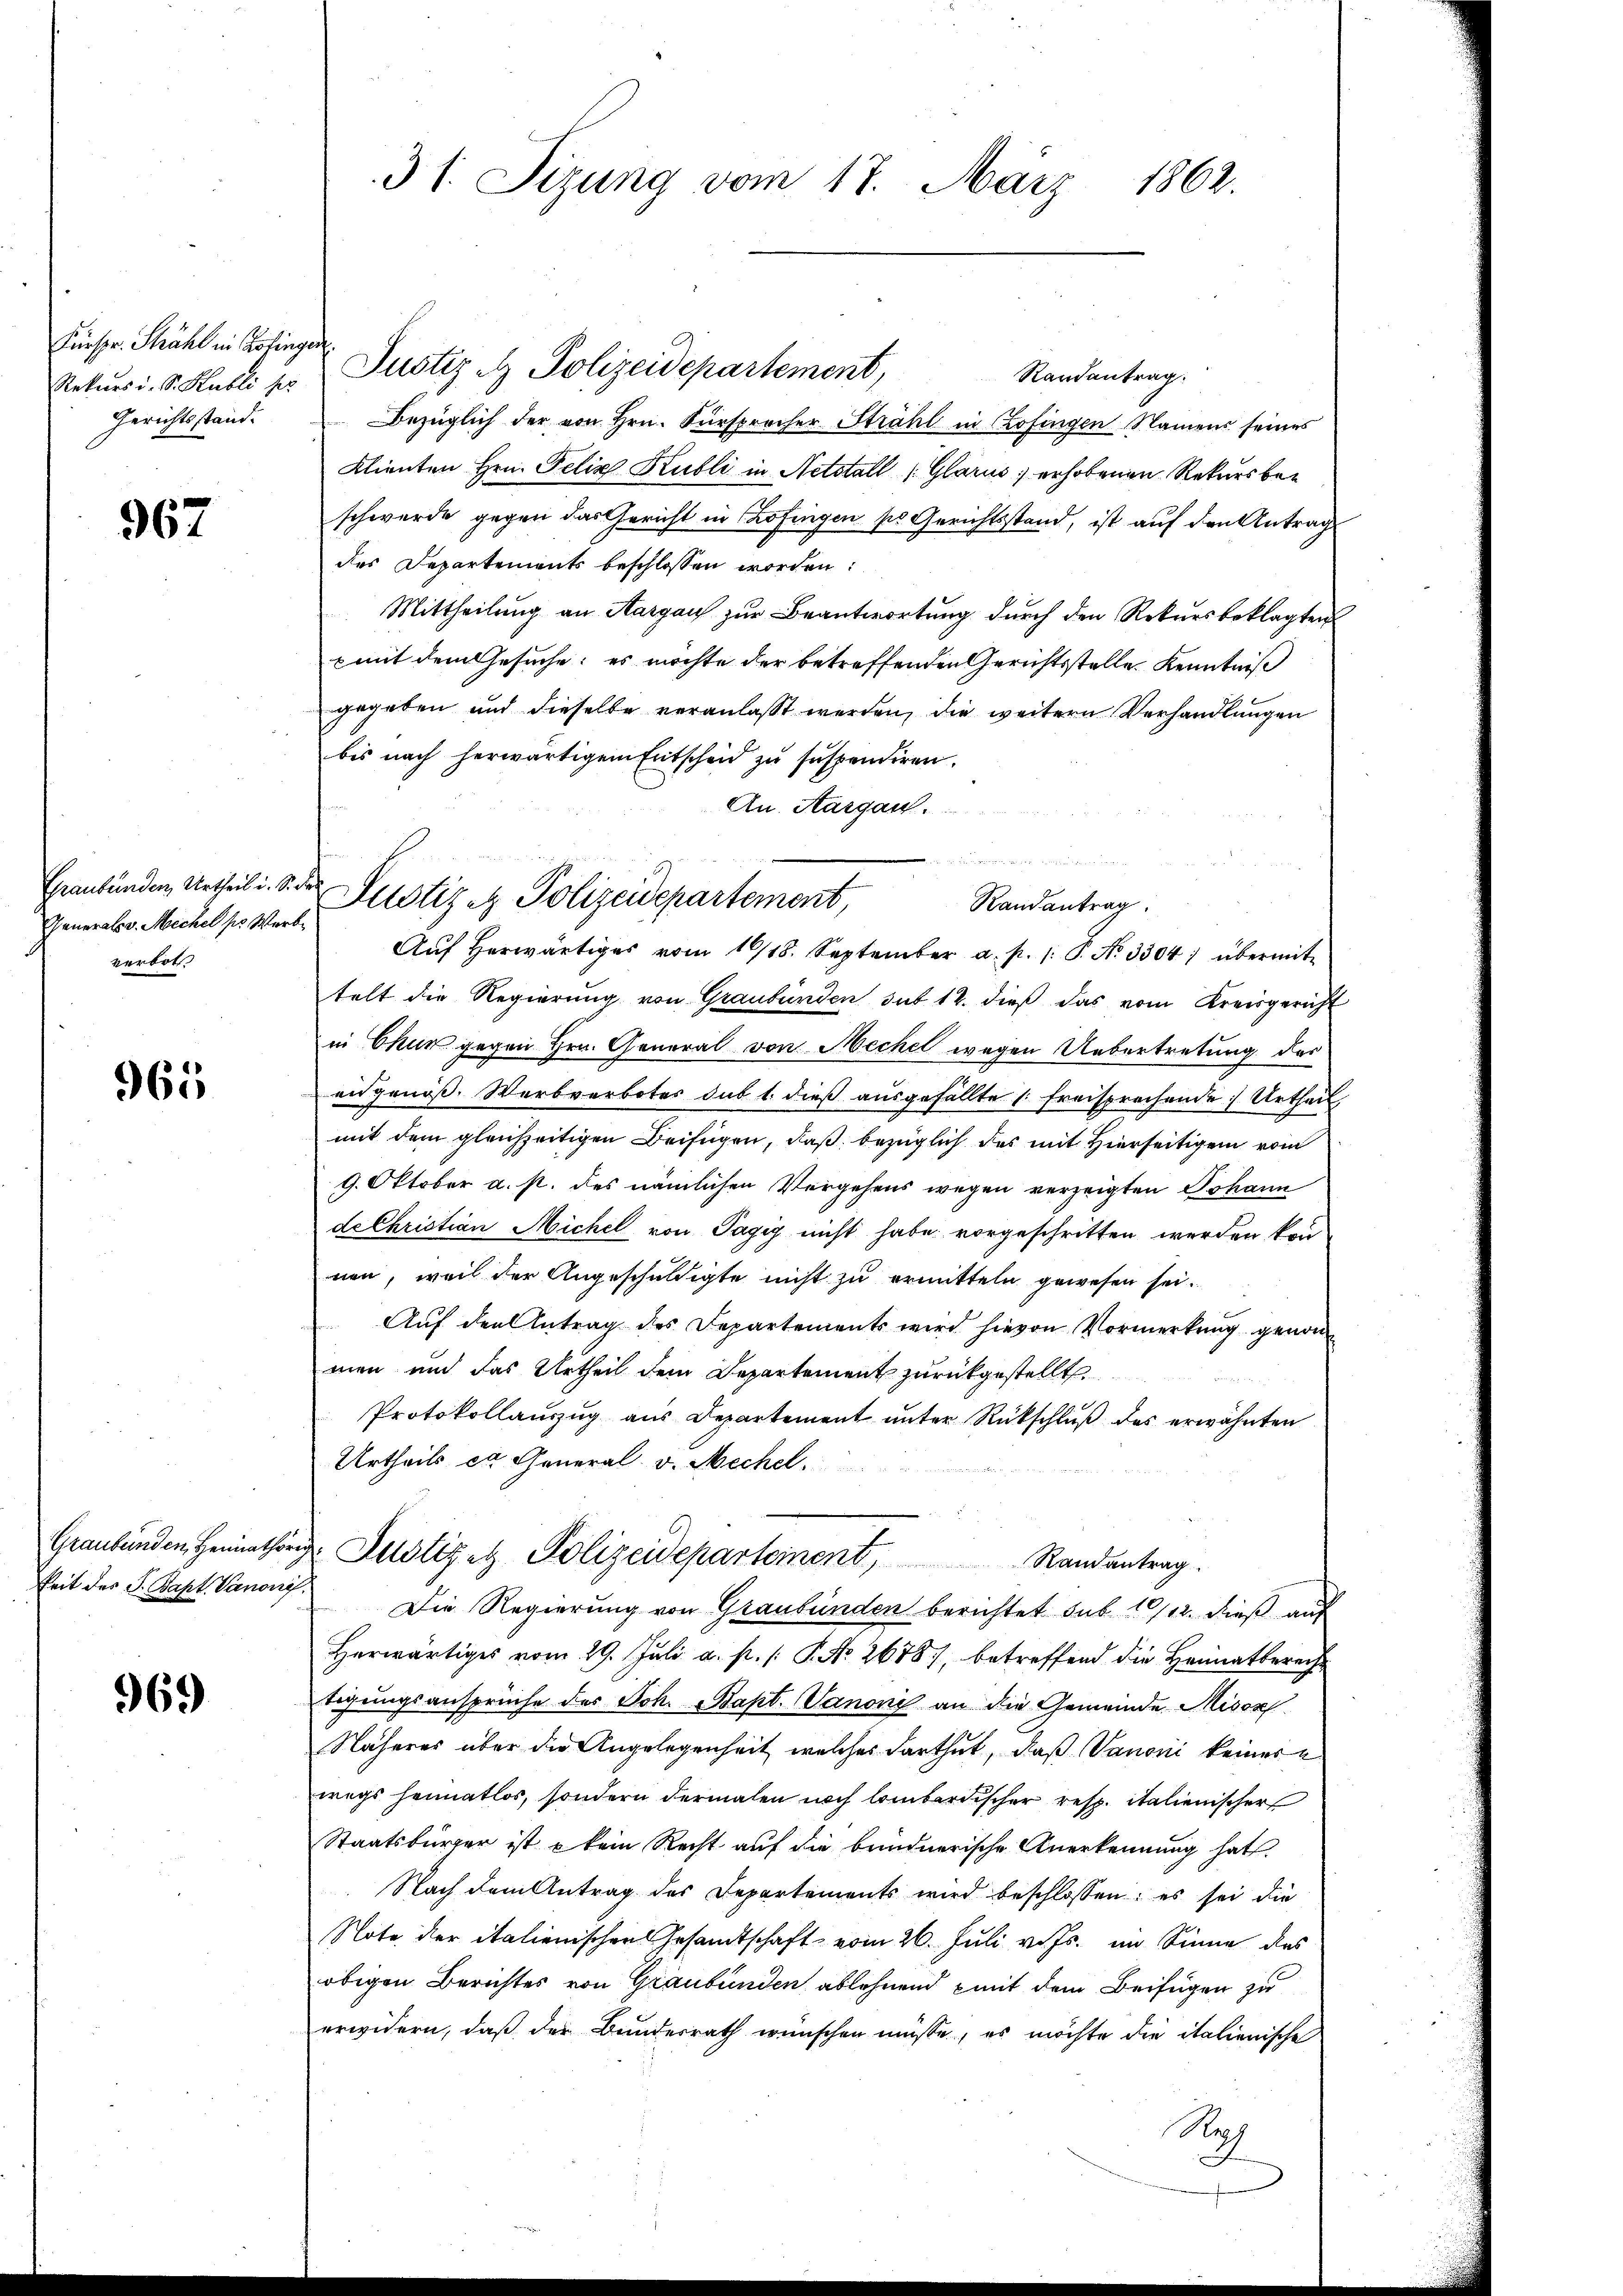
Fürspr. Thrähl in Zofingen
Rekurs i. S. Publi pr
Gerichtsstand.

967

Graubünden, Urtheil i. Sie
Thenerals v. Michel pro Wer
verbot.

965

Graubünden, Heimathörkeit des S. Bapt. Vanonif

969

31. Sizung vom 17. März 1862.

Justiz & Polizeidepartement,
Randantrag.
Bezüglich der von Hrn. Fürsprocher Strahl in Zofingen Namens seines
Klienten Hrn. Felix Kubli in Netstall (Glarus, erhobenen Rekurs beschwerde gegen das Gericht in Zofingen so Gerichtsstand, ist auf den Antrag
des Departements beschlossen worden:
Mittheilung an Aargau zur Beantwortung durch den Rekursbeklagten
mit dem Gesuche; es möchte der betreffenden Gerichtsstelle Kenntniß
gegeben und dieselbe veranlasst werden, die weitern Verhandlungen
bis nach herwärtigem Entscheid zŭ suspendiren.
An. Aargau.
Aŭf herwärtiges vom 16/18. September a. p. 1: P. Nr. 3304; übermit-
telt die Regierung von Graubünden sub 12. dieß das vom Kreisgericht
in Chur gegen Hrn. General von Mechel wegen Uebertretung des
eidgenöß. Werbverbotes sub 1. dieß ausgefällte 1. Freisprechende Urtheil
mit dem gleichzeitigen Beifügen, daß bezüglich das mit Hierseitigen vom
9. Oktober a. p. des nämlichen Vergehens wegen verzeigten Johann
de Christian Michel von Tagig nicht habe vorgeschritten werden konn
nen, weil der Angeschuldigte nicht zu ermitteln gewesen sei.
Auf den Antrag des Departements wird hievon Vormerkung genom
men und das Urtheil dem Departement zurückgestellt
Protokollanzug aus Departement unter Rückschluß des erwähnten
Urtheils er General v. Mechel.
 Justizel Polizeideparteinent, Randantrag.
Die Regierung von Graubünden berichtet sub 10/12. dieß auf
Herwärtiges vom 29. Juli a. p. /: P. No. 2678), betreffend die Heimatberecht
tigungsansprüche des Joh. Bapt. Vanoni an die Gemeinde Misox
Näheres über die Angelegenheit, welches darthut, daß Vanoni keiner a
wegs heimatlos, sondern dermalen noch lombardischer resp. italienischer
Staatsbürger ist – kein Recht auf die brindnerische Anerkennung hat.
Nach dem Antrag des Departements wird beschlossen: es sei die
Note der italienischen Gesandtschaft vom 26. Juli v. Js. im Sinne des
obigen Berichtes von Graubünden ablehnend mit dem Beifügen zu
erwidern, daß der Bundesrath wünschen müsse, es möchte die italienische
Reg

e
 Justiz et Polizeidepartement,
Randantrag